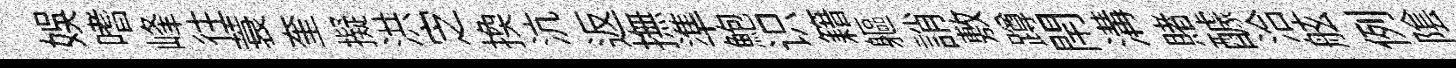
娱嗜峰往蓑奎擬洪㝎换沆返撫準鮑识籍軀誚敷蹲閈溝賭醵洽舷例隂